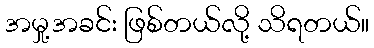
အမှု့အခင်း ဖြစ်တယ်လို့ သိရတယ်။